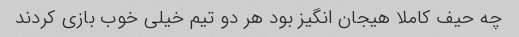
چه حیف کاملا هیجان انگیز بود هر دو تیم خیلی خوب بازی کردند